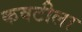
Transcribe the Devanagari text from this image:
कवटीला